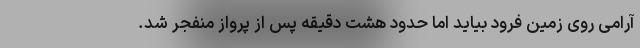
آرامی روی زمین فرود بیاید اما حدود هشت دقیقه پس از پرواز منفجر شد.